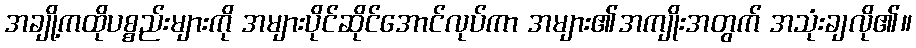
အချို့ကထိုပစ္စည်းများကို အများပိုင်ဆိုင်အောင်လုပ်ကာ အများ၏အကျိုးအတွက် အသုံးချလို၏။